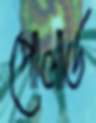
পোলার্ড